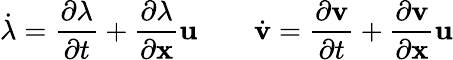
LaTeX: \dot{\lambda}=\frac{\partial\lambda}{\partial t}+\frac{\partial\lambda}{\partial\mathbf{x}}\mathbf{u}\qquad\dot{\mathbf{v}}=\frac{\partial\mathbf{v}}{\partial t}+\frac{\partial\mathbf{v}}{\partial\mathbf{x}}\mathbf{u}